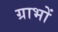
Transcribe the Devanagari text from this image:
ग्राभों